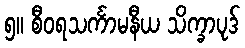
၅။ စီဝရသင်္ကာမနီယ သိက္ခာပုဒ်